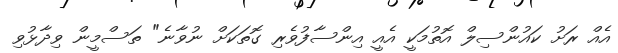
އެއް ރަށު ކައުންސިލް އޮތުމަކީ އެއީ އިންސާފުވެރި ގޮތަކަށް ނުވާނެ" ތަސްމީން ވިދާޅުވި